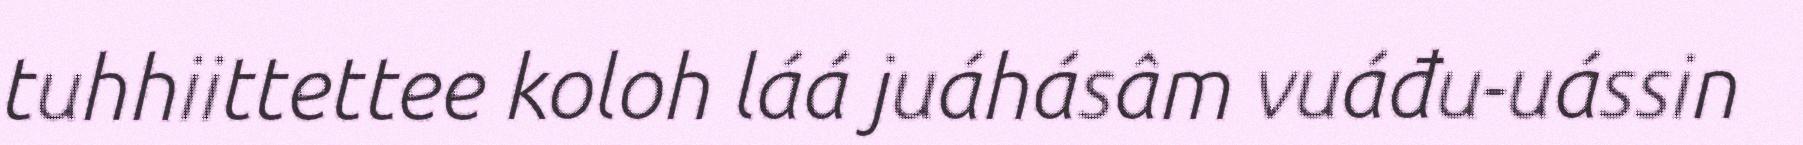
tuhhiittettee koloh láá juáhásâm vuáđu-uássin